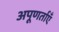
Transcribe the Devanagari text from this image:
अपूणर्ताएँ